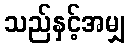
သည်နှင့်အမျှ